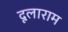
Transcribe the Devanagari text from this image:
दूलाराम